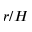
r / H